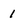
Character: 1